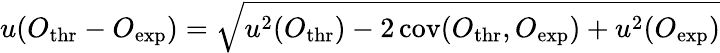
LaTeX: u(O_{\mathrm{thr}}-O_{\mathrm{exp}})=\sqrt{u^{2}(O_{\mathrm{thr}})-2\, \mathrm{cov}(O_{\mathrm{thr}},O_{\mathrm{exp}})+u^{2}(O_{\mathrm{exp}})}